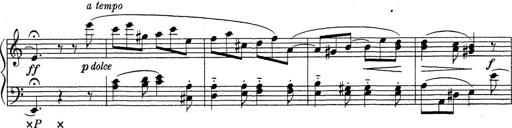
Title: ÄŒeskÃ© Sonatiny
Composer: Various